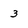
Character: 3